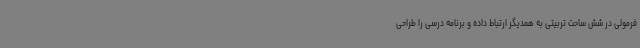
فرمولی در شش ساحت تربیتی به همدیگر ارتباط داده و برنامه درسی را طراحی